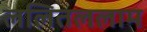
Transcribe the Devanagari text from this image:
ललितललाम